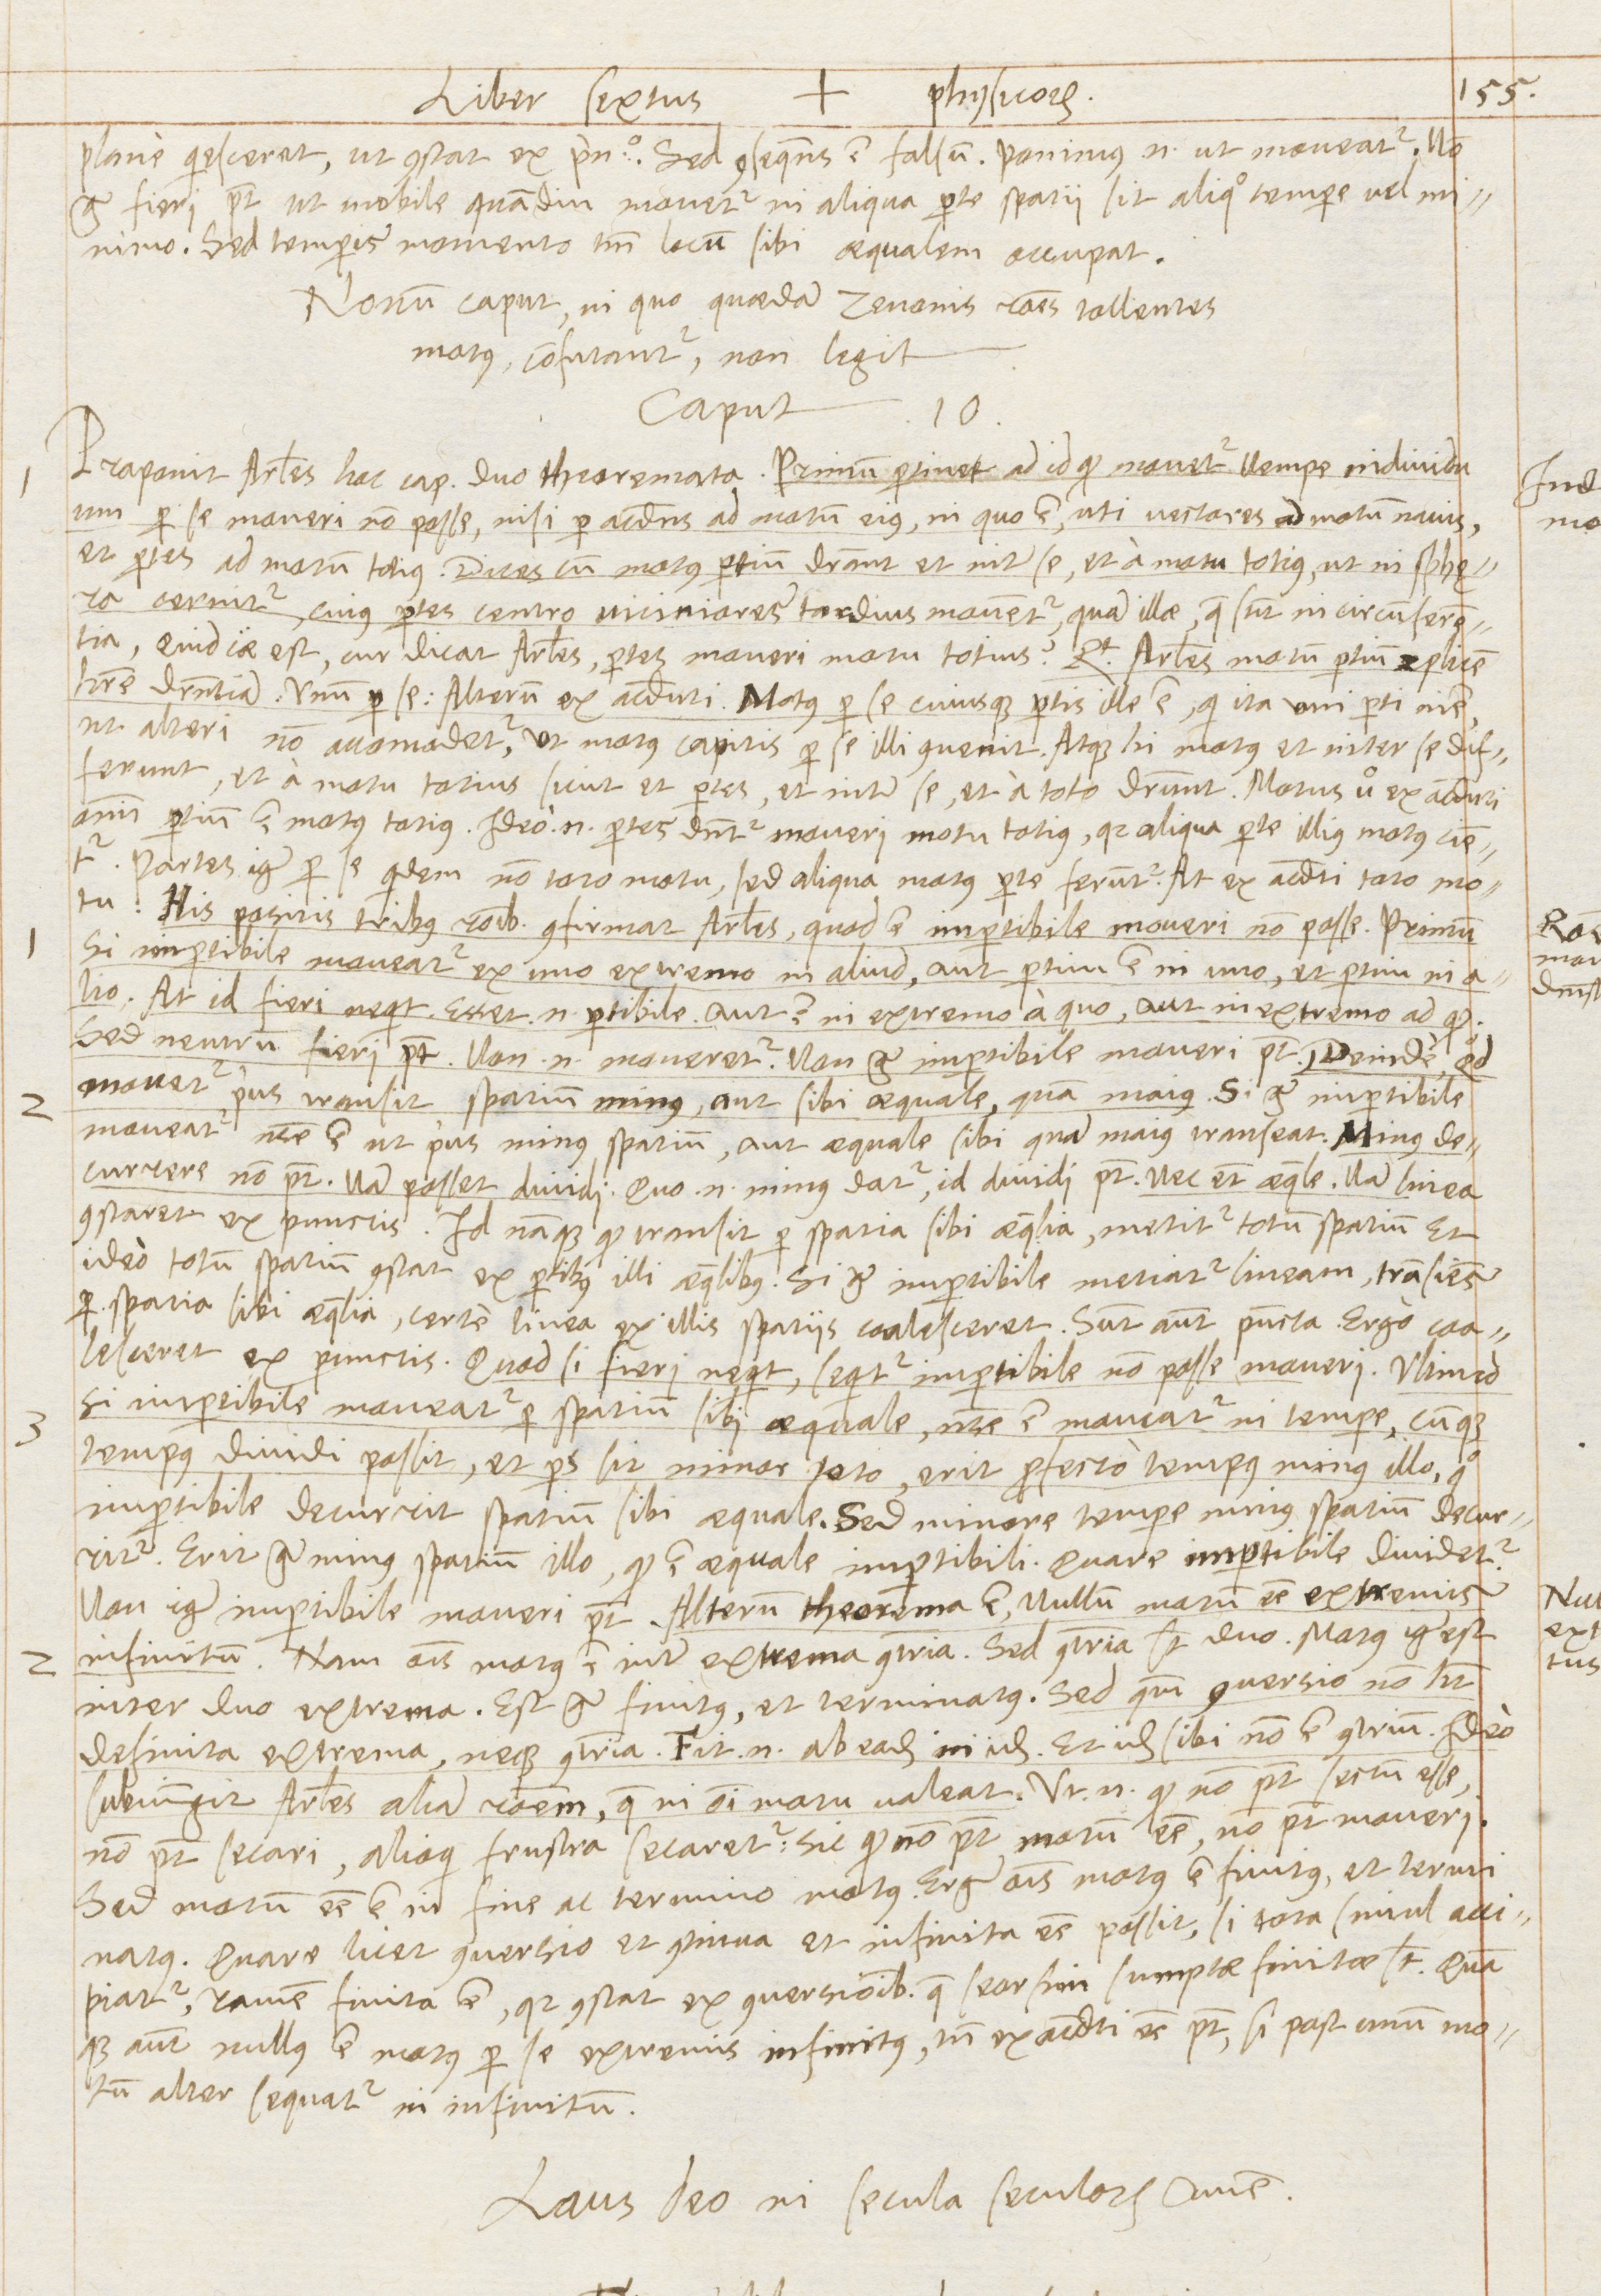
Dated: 1568–1569